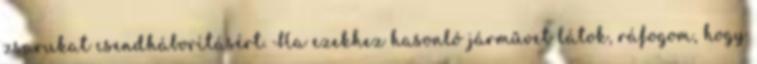
zsarukat csendháborításért. Ha ezekhez hasonló járművet látok, ráfogom, hogy